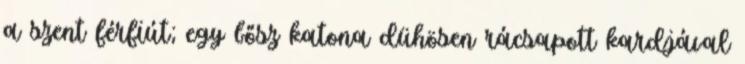
a szent férfiút; egy bősz katona dühösen rácsapott kardjával